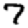
Digit: 7